Report of the Hyderabad Chloroform Commission
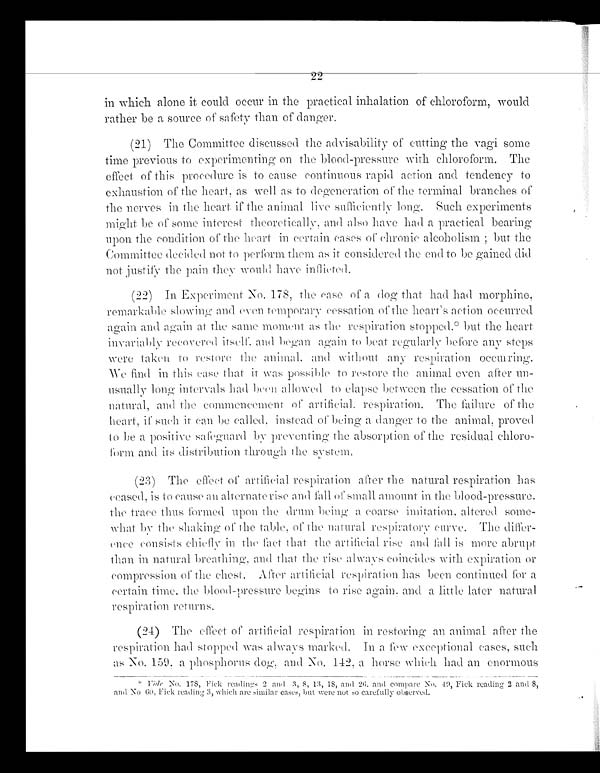
in which alone it could occur in the practical inhalation of chloroform, would
rather be a source of safety than of danger.
(21) The Committee discussed the advisability of cutting the vagi some
time previous to experimenting on the blood-pressure with chloroform. The
effect of this procedure is to cause continuous rapid action and tendency to
exhaustion of the heart, as well as to degeneration of the terminal branches of
the nerves in the heart if the animal live
s u f f i c i e n t l y
l o n g . S u c h e x p e r i m e n t s
might be of some interest theoretically, and also have had a practical bearing
upon the condition of the heart in certain cases of chronic alcoholism; but the
Committee decided not to perform them as it considered the end to be gained did
not justify the pain they would have inflicted.
(22) In Experiment No. 178, the case of a dog that had had morphine,
remarkable slowing and even temporary cessation of the heart's action occurred
again and again at the same moment as the respiration stopped.* but the heart
invariably recovered itself, and began again to beat regularly before any steps
were taken to restore the animal, and without any respiration occurring.
We find in this case that it was possible to restore the animal even after un-
usually long intervals had been allowed to elapse between the cessation of the
natural, and the commencement of artificial, respiration. The failure of the
heart , if . such it can be called, instead. of being a danger to the animal, proved
to be a positive safeguard by preventing the absorption of the residual
c h l o r o f o r m a n d i t s d i s t r i b u t i o n t h r o u g h t h e s y s t e m .
(23) The effect of artificial respiration after the natural respiration has
ceased, is to cause an alternate rise and fall of small amount in the blood-pressure,
the trace thus formed upon the drum being a coarse imitation, altered some-
what by the shaking of the table, of the natural respiratory
c u r v e . T h e d i f f e r - r e n c c o n s i s t s c h i e f l y i n t h e f a c t t h a t t h e a r t i f i c i a l r i s e a n d f a l l i s m o r e a b r u p t
than in natural breathing, and that the rise always coincides with expiration or
compression of the chest. After artificial respiration has been continued for a
certain time, the blood-pressure begins to rise again, and a little later natural
respiration returns.
(24)
The effect of artificial respiration in restoring an animal after the
respiration had stopped was always marked. in a few exceptional cases, such
a s N o . 1 5 9 , a p h o s p h o r u s d o g , a n d N o . 1 4 2 , a h o r s e w h i c h h a d a n e n o r m o u s
* Vide No. 178, Fick readings 2 and 3, 8, 13, 18, and 26, and compare No.49, Fick reading 2 and 8,
and No 60, Fick reading 3, which are similar cases, but were not so carefully observed.